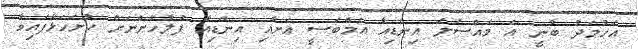
އަހުމަދު ބުނީ އެ މައްސަލަ އިންޑިއާ އެމްބަސީ އަށާއި އިންޑިއާ ފުލުހުންނަށް ހުށަހަޅާފައިވާ